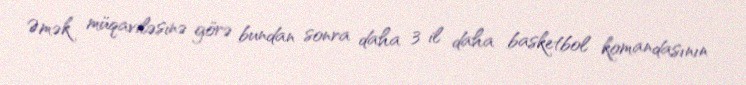
Əmək müqaviləsinə görə bundan sonra daha 3 il daha basketbol komandasının